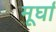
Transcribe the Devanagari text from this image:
मूर्घा